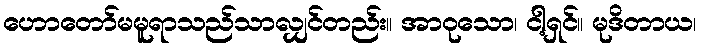
ဟောတော်မမူရာသည်သာလျှင်တည်း။ အာဝုသော၊ ငါ့ရှင်။ မုဒိတာယ၊